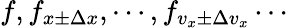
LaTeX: f,f_{x\pm\Delta x},\cdots,f_{v_{x}\pm\Delta v_{x}}\cdots